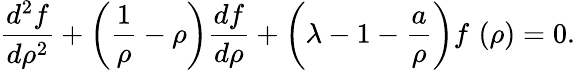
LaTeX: \frac{d^{2}f}{d\rho^{2}}+\left(\frac{1}{\rho}-\rho\right)\frac{df}{d\rho}+\left(\lambda-1-\frac{a}{\rho}\right)f\, \left(\rho\right)=0.